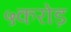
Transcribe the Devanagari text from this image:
५करोड़